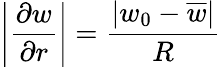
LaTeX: \left|\frac{\partial w}{\partial r}\right|=\frac{|w_{0}-\overline{{w}}|}{R}